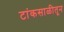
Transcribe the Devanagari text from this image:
टांकसाळीतून